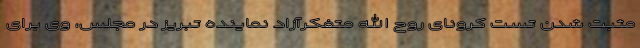
مثبت شدن تست کرونای روح الله متفکرآزاد نماینده تبریز در مجلس، وی برای